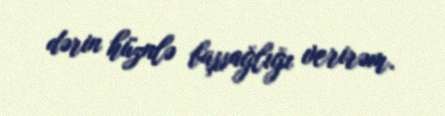
dərin hüznlə başsağlığı verirəm.